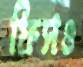
ফিসও